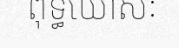
ពុទ្ធឃោសៈ